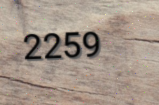
2259